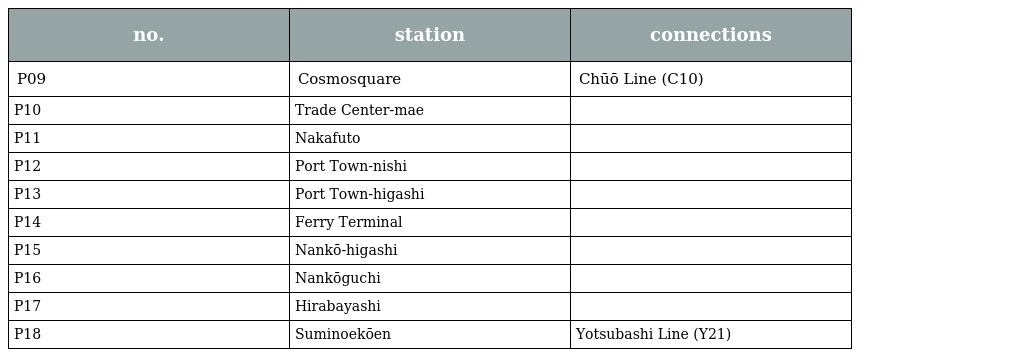
| no. | station | connections |
 | --- | --- | --- |
 | P09 | Cosmosquare | Chūō Line (C10) |
 | P10 | Trade Center-mae |  |
 | P11 | Nakafuto |  |
 | P12 | Port Town-nishi |  |
 | P13 | Port Town-higashi |  |
 | P14 | Ferry Terminal |  |
 | P15 | Nankō-higashi |  |
 | P16 | Nankōguchi |  |
 | P17 | Hirabayashi |  |
 | P18 | Suminoekōen | Yotsubashi Line (Y21) |